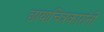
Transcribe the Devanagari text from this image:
छायाचित्रकारांनी